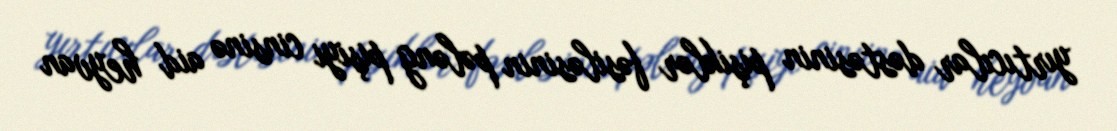
yırtıcılar dəstəsinin pişiklər fəsiləsinin pələng pişiyi cinsinə aid heyvan